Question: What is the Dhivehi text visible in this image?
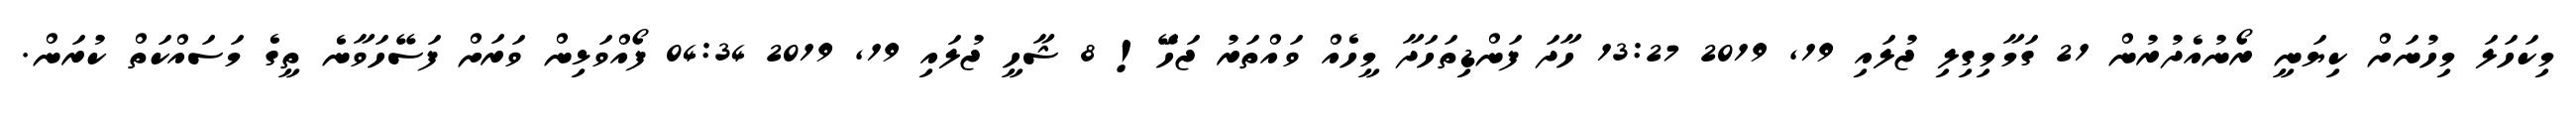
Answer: މިކަހަލަ މިހުނަށް ކިޔަނީ ރޯނުއެދުރުން 21 ގަމާމިގިލި ޖުލައި 19, 2019 13:27 ހާދަ ފަންޑިތަހަދާ މީހެއް ވައްތަރު ޖަހަަޭ! 8 ޝާހީ ޖުލައި 19, 2019 04:34 ފޯއްވަޅިން ވަރަށް ފަސޭހަވާނެ ތީގެ މަސައްކަތް ކުރަން.